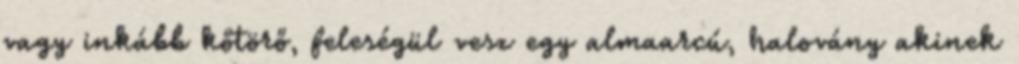
vagy inkább kőtörő, feleségül vesz egy almaarcú, halovány akinek